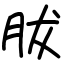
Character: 胈